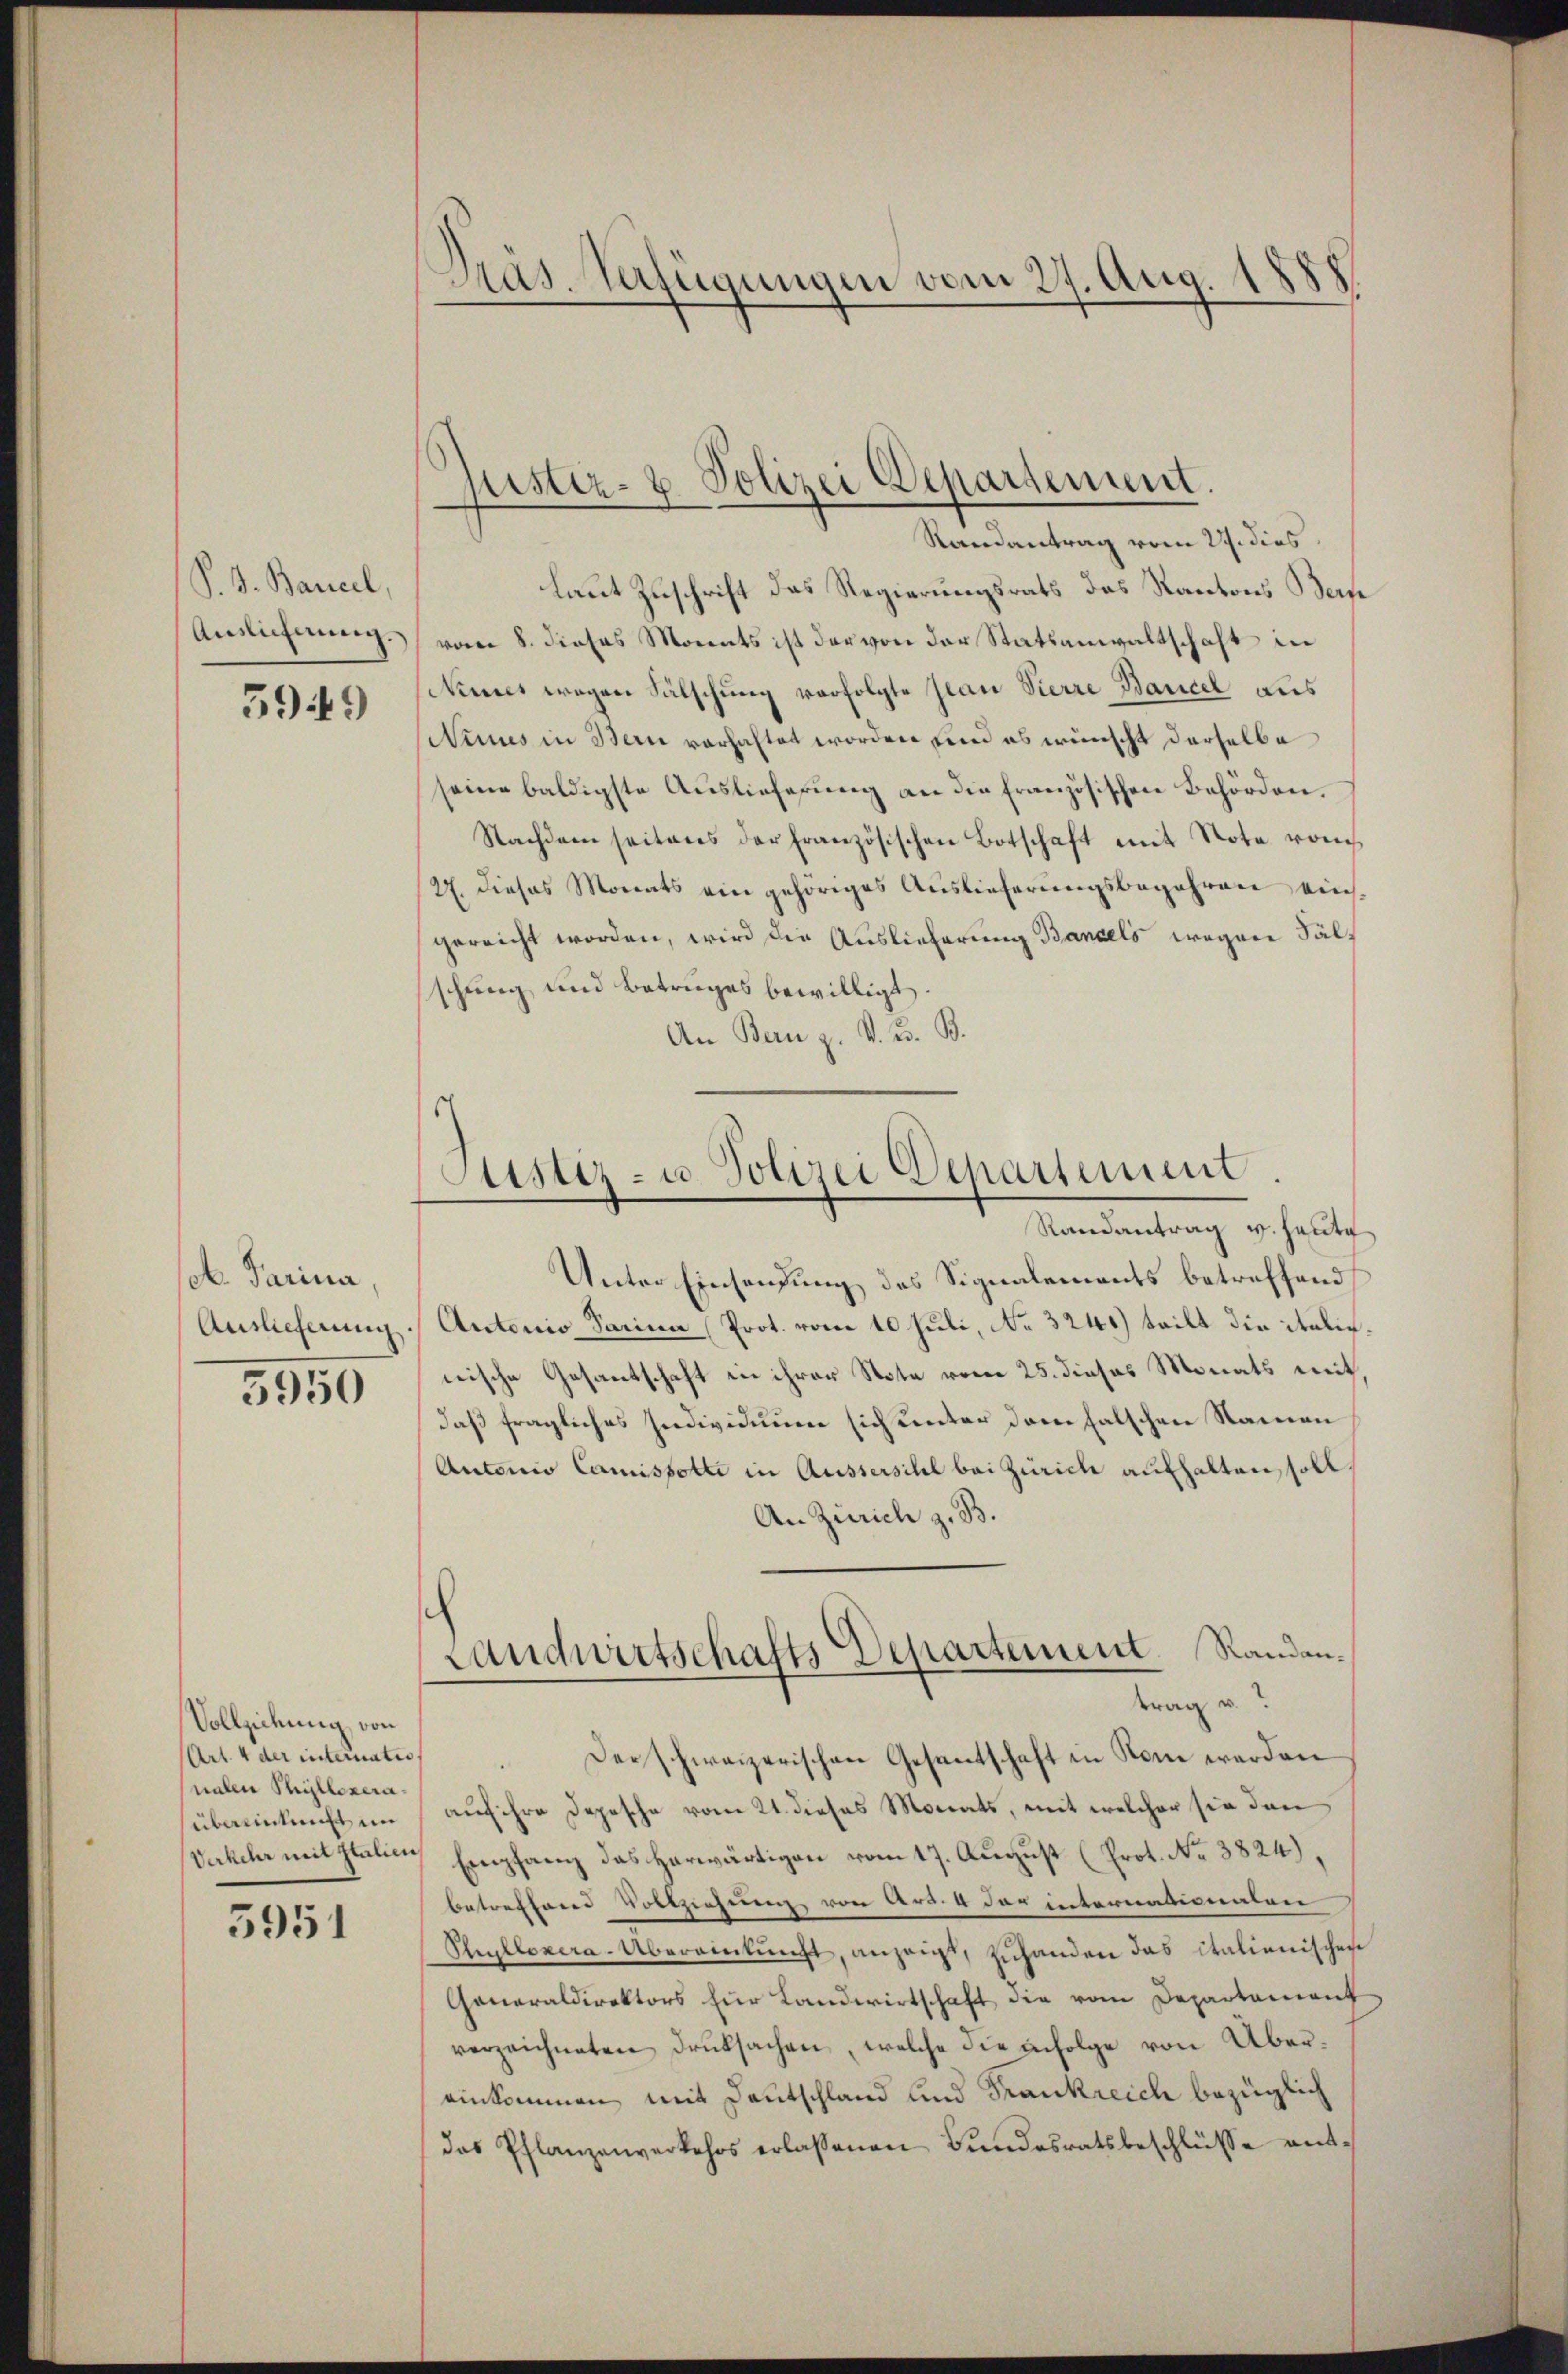
P. J. Bancel,
5949

sol. Parina,
Auslieferung
5950

laut Zuschrift das Regierungsrats das Kantons Bern
Auslichnung vom 8. dieses Monats ist der von der Statsanwaltschaft in
Nimes wegen Fälschung verfolgte Jean Vierre Bancel aus
(Weines in Bern vorhaftet worden und es wünscht derselbe
seine baldigste Auslieferŭng an die französischen Behörden.
Nachdem seitens der französischen Botschaft mit Note vom
(27. dieses Monats ein gehöriges Auslieferungsbegehren einsgereicht worden, wird die Auslieferung Bandels wegen Fälschung und Betruges bewilligt,
An Bern z. K. K. B.

Vollziehung von
(Art. 4 der internatis
nalen Phillezeraübereinkunft im
5951

.
Präs. Verfügungen vom 27. Aug.

justiz- & Polizei Departement.
Randantrag vom 29. dies

Sistiz- u. Polizei Departement
Randantrag v. Haute

Landwirtschafts Departement. Randantrag u.

Unter Einsendung des Signalements betreffend
Antonio Sarina (Prot. vom 10. Juli, No 3241) teilt die italicnische Gesantschaft in ihrer Note vom 25. dieses Monats mit,
daß fragliches Individuum sich unter dem falschen Namen
Autonio Camissolte in Aussersihl bei Zürich aufhalten soll
An Zürich z. B.
Der schweizerischen Gesantschaft in Rom werden
auf ihre Depesche vom 21. dieses Monats, mit welcher sie den
Verkehr mit station Empfang das herwärtigen vom 17. August (Prot. No 3824),
betreffend Vollziehung von Art. 4 der internationalen
Phylloxera-Überamtŭngt, anzeigt, zuhanden das italienischen
Generaldirektors für Landwirtschaft die vom Departament
verzeichneten Druksachen, welche die infolge von Übereinkommen mit Deutschland und Frankreich bezüglich
das Pflanzenverkehrs erlassenen Bŭndesratsbeschlüsse ant¬